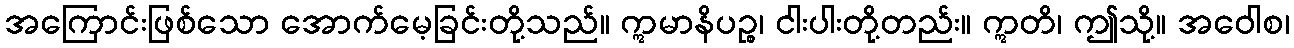
အကြောင်းဖြစ်သော အောက်မေ့ခြင်းတို့သည်။ ဣမာနိပဉ္စ၊ ငါးပါးတို့တည်း။ ဣတိ၊ ဤသို့။ အဝေါစ၊